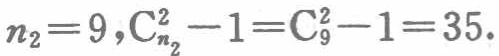
$n_{2}=9,\mathrm{C}_{n_{2}}^{2}-1=\mathrm{C}_{9}^{2}-1=35.$